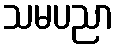
သမပညာ